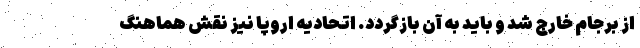
از برجام خارج شد و باید به آن بازگردد. اتحادیه اروپا نیز نقش هماهنگ